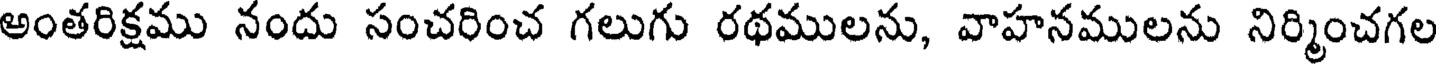
అంతరిక్షము నందు సంచరించ గలుగు రథములను, వాహనములను నిర్మించగల